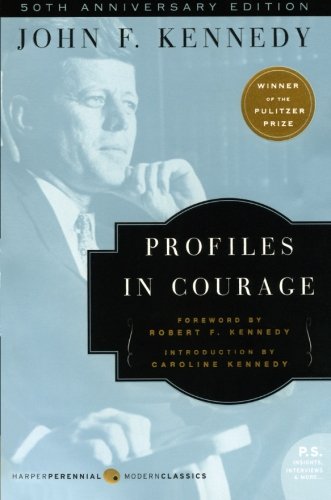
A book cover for Profiles in Courage; John F. Kennedy; Biographies & Memoirs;